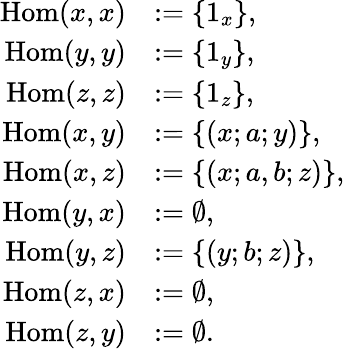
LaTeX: \begin{array}{rl}{\mathrm{Hom}(x,x)}&{:=\{ 1_{x}\} ,}\\ {\mathrm{Hom}(y,y)}&{:=\{ 1_{y}\} ,}\\ {\mathrm{Hom}(z,z)}&{:=\{ 1_{z}\} ,}\\ {\mathrm{Hom}(x,y)}&{:=\{ (x;a;y)\} ,}\\ {\mathrm{Hom}(x,z)}&{:=\{ (x;a,b;z)\} ,}\\ {\mathrm{Hom}(y,x)}&{:=\emptyset,}\\ {\mathrm{Hom}(y,z)}&{:=\{ (y;b;z)\} ,}\\ {\mathrm{Hom}(z,x)}&{:=\emptyset,}\\ {\mathrm{Hom}(z,y)}&{:=\emptyset.}\end{array}